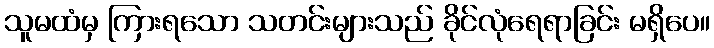
သူမထံမှ ကြားရသော သတင်းများသည် ခိုင်လုံရေရာခြင်း မရှိပေ။